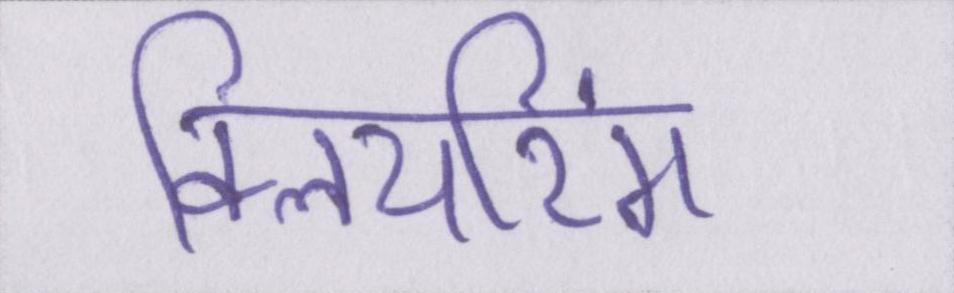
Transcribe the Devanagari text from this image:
क्लियरिंग